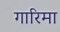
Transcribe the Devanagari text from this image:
गारिमा